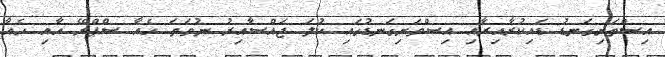
އިސްތަށިގަނޑު ޑައިކުރާއިރާއި އިސްތަށިގަނޑުގައި ކުލަ ޖައްސާއިރު ނުވަތަ ހެއާ ސްޕްރޭ އާއި ހެއާ